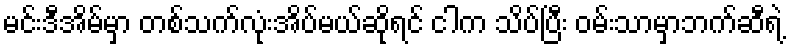
မင်းဒီအိမ်မှာ တစ်သက်လုံးအိပ်မယ်ဆိုရင် ငါက သိပ်ပြီး ဝမ်းသာမှာဘက်ဆီရဲ့